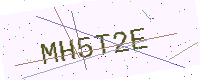
Text: MH5T2E